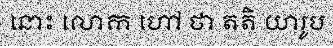
នោះ លោក ហៅ ថា តតិ យារូប